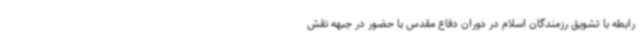
رابطه با تشویق رزمندگان اسلام در دوران دفاع مقدس با حضور در جبهه نقش